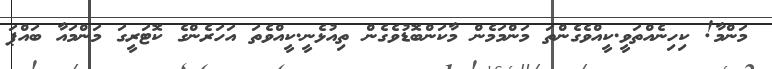
މަންމާ! ކިހިނެއްތަވީ.ކީއްވެގެންތަ މަންމަމެން މާކަންބޮޑުވެގެން ތިއުޅެނީ.ކީއްވެތަ އަހަރެންގެ ކޮޓަރީގަ މަންމައާ ބައްޕަ